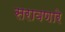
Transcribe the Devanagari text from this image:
सरावणारे